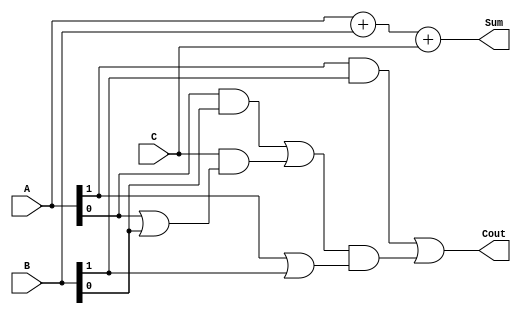
module adder_rom_2bit (Cout, Sum, A,B,C);
  input [1:0] A, B;
  input C;
  output [1:0] Sum;
  output Cout;
  
  wire co;
 
  assign co = A[0]&B[0] | C&(A[0]|B[0]);
  
  assign Sum = A+B+{1'b0,C};
  
  assign Cout = A[1]&B[1] | co&(A[1]|B[1]);
endmodule